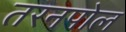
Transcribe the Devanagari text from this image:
तरनपोल